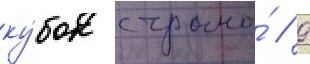
ку́бок страны́ // 9